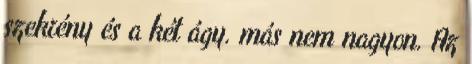
szekrény és a két ágy. más nem nagyon. Az